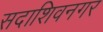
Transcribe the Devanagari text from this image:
सदाशिवनगर